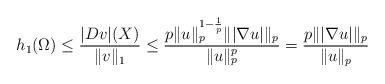
LaTeX: \begin{align*}h_1(\Omega)\le \frac{|Dv|(X)}{\|v\|_1}\le \frac{p\|u\|_p^{1-\frac1p}\||\nabla u|\|_p}{\|u\|_p^p}=\frac{p\||\nabla u|\|_p}{\|u\|_p}\end{align*}